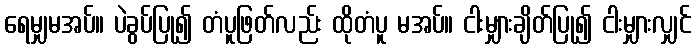
ရေမျှမအပ်။ ပဲခွပ်ပြု၍ တံပူဖြတ်လည်း ထိုတံပူ မအပ်။ ငါးမျှားချိတ်ပြု၍ ငါးမျှားလျှင်